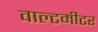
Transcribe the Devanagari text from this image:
वाल्टमीटर